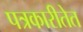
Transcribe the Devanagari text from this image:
पत्रकारीतेत